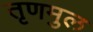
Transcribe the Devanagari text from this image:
तृणमुल